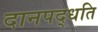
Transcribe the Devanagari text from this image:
दानपद्धति